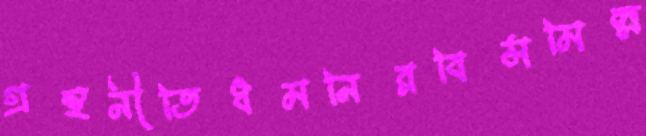
গ্রন্থনীতিধমনিরবিসমিল্ল